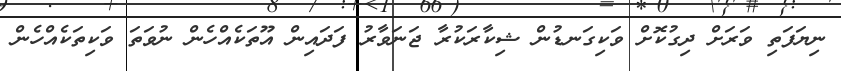
ނިޔަފަތި ވަރަށް ދިގުކޮށް ވަކިގަނޑުން ޝިކާރަކުރާ ޖަނަވާރު ފަދައިން އޫތަކެއްހެން ނުވަތަ ވަކިތަކެއްހެން